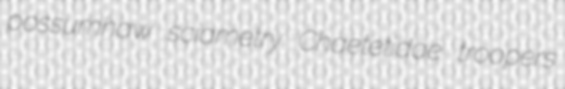
possumhaw sciametry Chaetetidae troopers